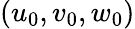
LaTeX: (u_{0},v_{0},w_{0})